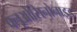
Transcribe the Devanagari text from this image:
फ्लूओसिनोनाइड